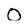
Character: 0